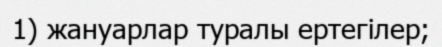
1) жануарлар туралы ертегілер;